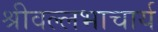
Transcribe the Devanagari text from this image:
श्रीवल्‍लभाचार्य